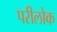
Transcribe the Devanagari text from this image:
परीलोक